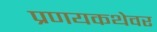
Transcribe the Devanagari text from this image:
प्रणयकथेवर